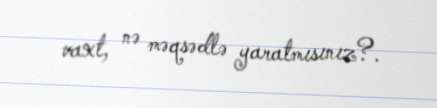
vaxt, nə məqsədlə yaratmısınız?.